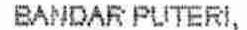
BANDAR PUTERI,